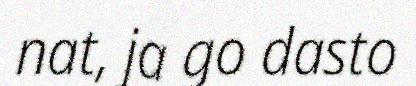
nat, ja go dasto